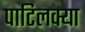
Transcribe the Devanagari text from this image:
पाटिलक्या